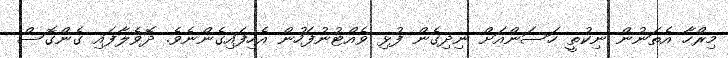
މިރްހާ އެތަނުން ނިކުތީ ހަސަންއަށް ނިދިގެން ފުޅި ވެއްޓުނުފަހުން އެހިފައިގެންނެވެ. ދޮވެލާފައި ގެންގޮސް